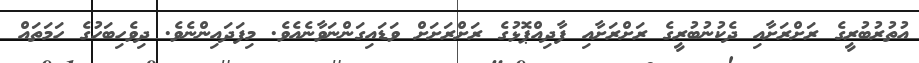
އުތުރުބުރީގެ ރަށްރަށާއި ދެކުނުބުރީގެ ރަށްރަށާއި ފާދިއްޕޮޅުގެ ރަށްރަށަށް ވަޑައިގަންނަވާނެއެވެ. މިފަދައިންނެވެ. ދިވެހިބަހުގެ ހަމަތައް